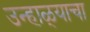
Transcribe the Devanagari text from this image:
उन्हाळ्याचा